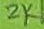
Text: 2K